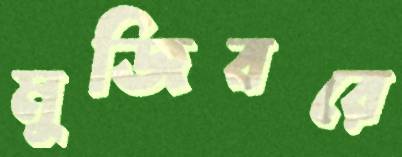
মুজিবরে